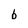
Character: b